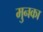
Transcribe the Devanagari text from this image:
मुनका